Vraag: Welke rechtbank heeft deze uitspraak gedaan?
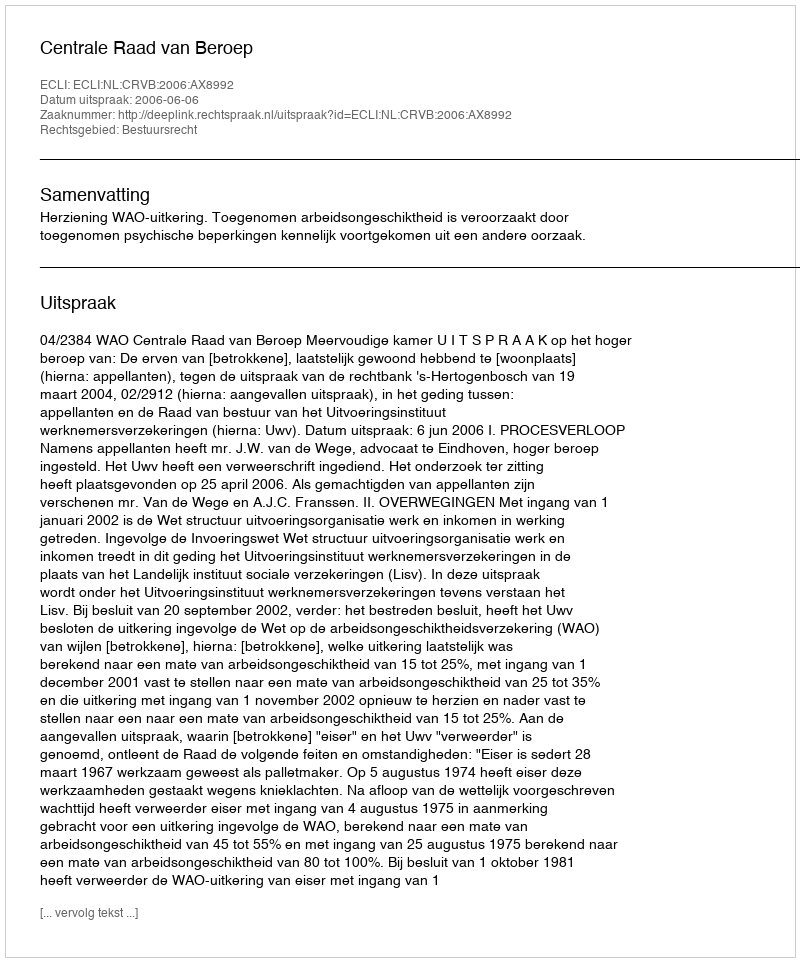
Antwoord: Centrale Raad van Beroep